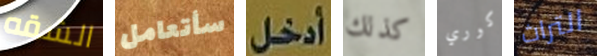
الشقه سأتعامل أدخل كذلك كوري التراث